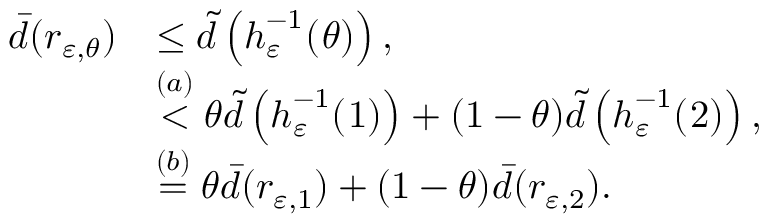
\begin{array} { r l } { \bar { d } ( r _ { \varepsilon , \theta } ) } & { \leq \tilde { d } \left( \boldsymbol { h } _ { \varepsilon } ^ { - 1 } ( \r _ { \theta } ) \right) , } \\ & { \stackrel { ( a ) } { < } \theta \tilde { d } \left( \boldsymbol { h } _ { \varepsilon } ^ { - 1 } ( \r _ { 1 } ) \right) + ( 1 - \theta ) \tilde { d } \left( \boldsymbol { h } _ { \varepsilon } ^ { - 1 } ( \r _ { 2 } ) \right) , } \\ & { \stackrel { ( b ) } { = } \theta \bar { d } ( r _ { \varepsilon , 1 } ) + ( 1 - \theta ) \bar { d } ( r _ { \varepsilon , 2 } ) . } \end{array}